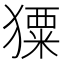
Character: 𤢂